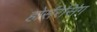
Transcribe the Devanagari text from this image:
होर्सरेसिंग